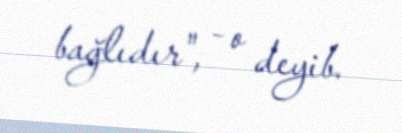
bağlıdır", - o deyib.